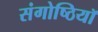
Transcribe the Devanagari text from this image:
संगोष्ठियॉ